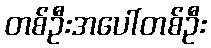
တစ်ဦးအပေါ်တစ်ဦး